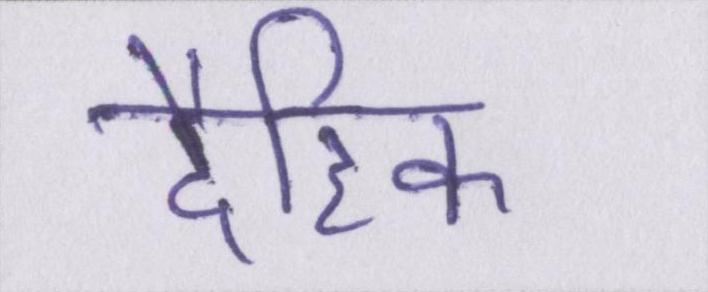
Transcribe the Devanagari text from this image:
दैहिक